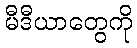
မီဒီယာတွေကို